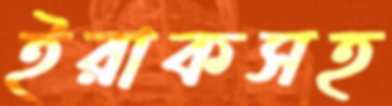
ইরাকসহ